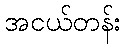
အငယ်တန်း